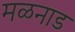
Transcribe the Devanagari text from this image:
मळनाड